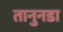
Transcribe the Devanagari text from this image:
तानुनडा